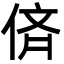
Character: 㑪